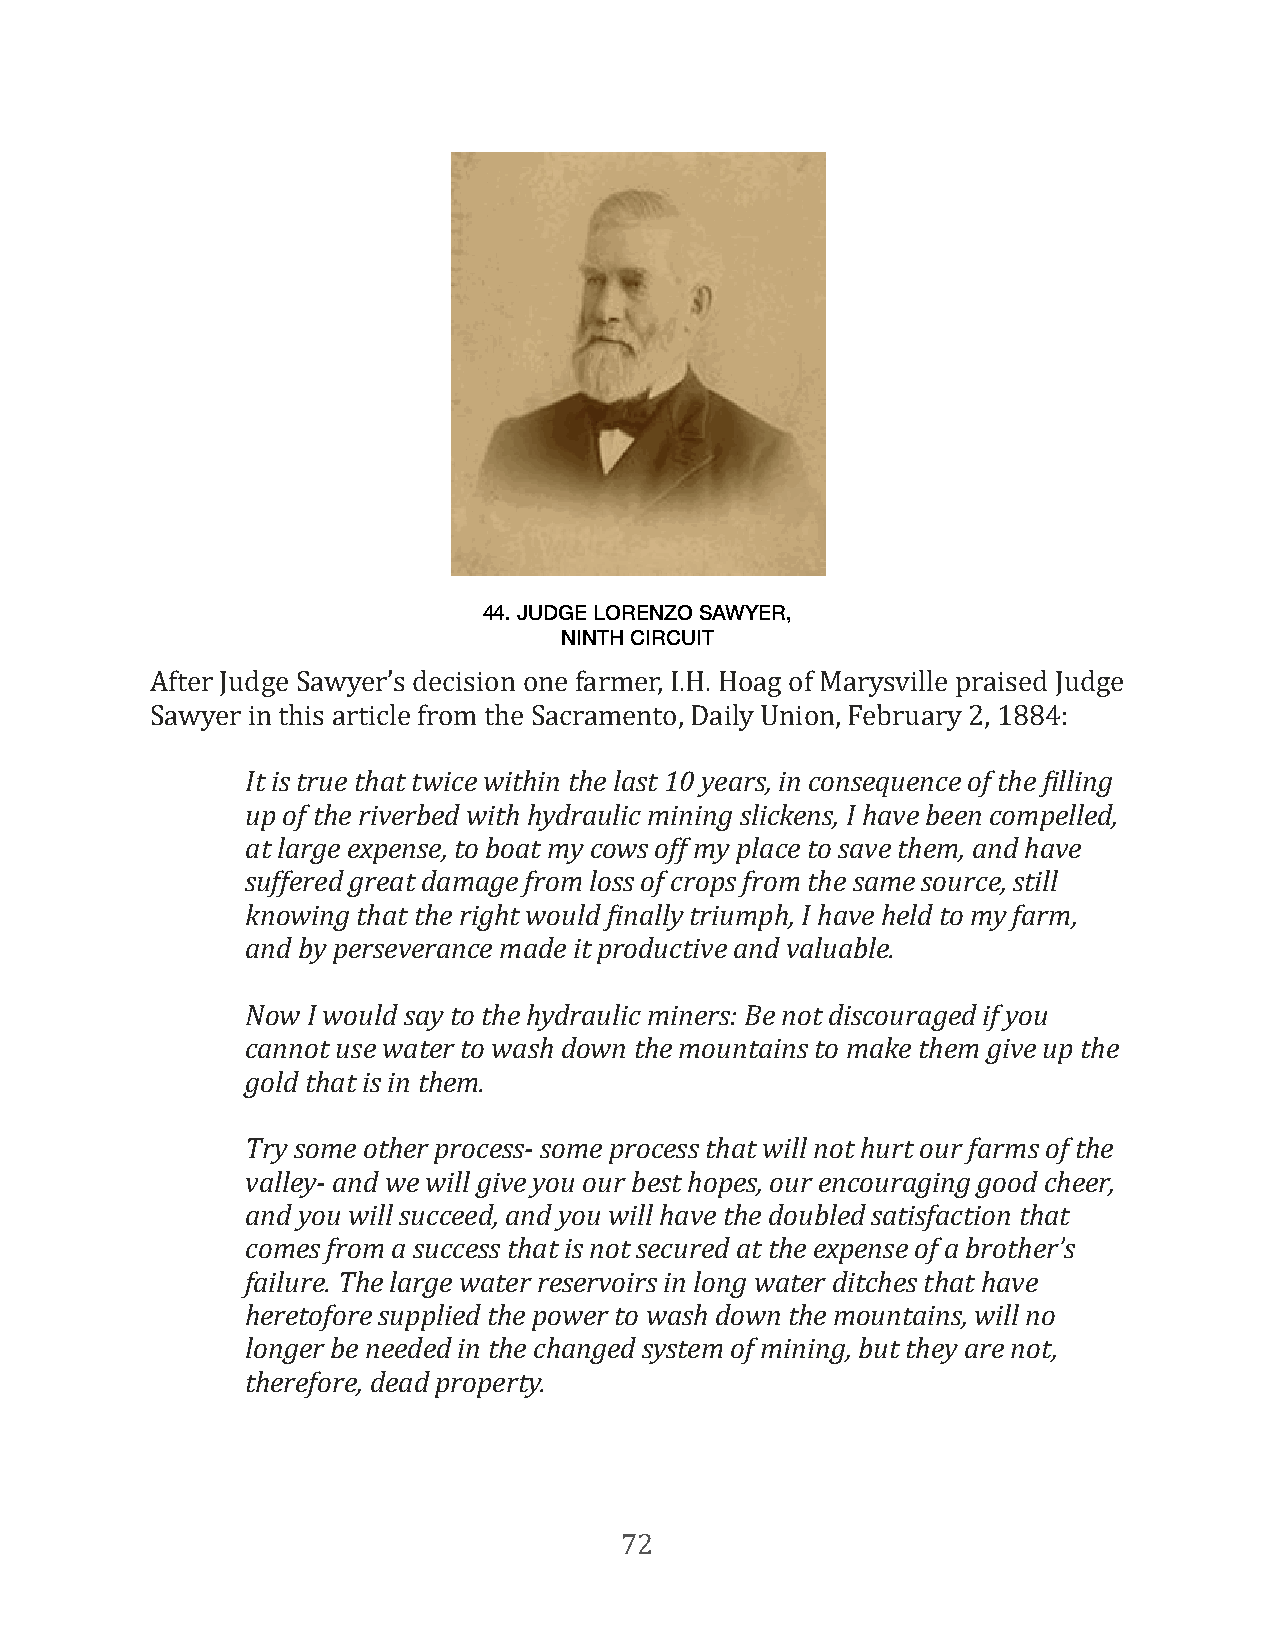
44. JUDGE LORENZO SAWYER,
 NINTH CIRCUIT
 After Judge Sawyer’s decision one farmer, I.H. Hoag of Marysville praised Judge
 Sawyer in this article from the Sacramento, Daily Union, February 2, 1884:
 It is true that twice within the last 10 years, in consequence of the eilling
 up of the riverbed with hydraulic mining slickens, I have been compelled,
 at large expense, to boat my cows off my place to save them, and have
 suffered great damage from loss of crops from the same source, still
 knowing that the right would einally triumph, I have held to my farm,
 and by perseverance made it productive and valuable.
 Now I would say to the hydraulic miners: Be not discouraged if you
 cannot use water to wash down the mountains to make them give up the
 gold that is in them.
 Try some other process- some process that will not hurt our farms of the
 valley- and we will give you our best hopes, our encouraging good cheer,
 and you will succeed, and you will have the doubled satisfaction that
 comes from a success that is not secured at the expense of a brother’s
 failure. The large water reservoirs in long water ditches that have
 heretofore supplied the power to wash down the mountains, will no
 longer be needed in the changed system of mining, but they are not,
 therefore, dead property.
 72